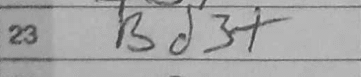
Transcription: Bd3+